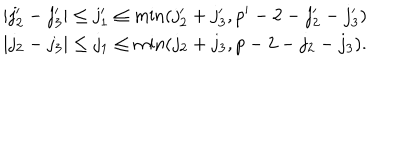
\begin{array} { c } { { | j _ { 2 } ^ { \prime } - j _ { 3 } ^ { \prime } | \leq j _ { 1 } ^ { \prime } \leq \min ( j _ { 2 } ^ { \prime } + j _ { 3 } ^ { \prime } , p ^ { \prime } - 2 - j _ { 2 } ^ { \prime } - j _ { 3 } ^ { \prime } ) } } \\ { { | j _ { 2 } - j _ { 3 } | \leq j _ { 1 } \leq \min ( j _ { 2 } + j _ { 3 } , p - 2 - j _ { 2 } - j _ { 3 } ) . } } \\ \end{array}